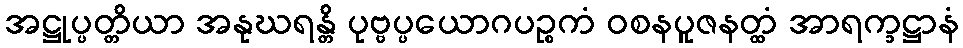
အဋ္ဌုပ္ပတ္တိယာ အနုဃရန္တိ ပုဗ္ဗပ္ပယောဂပဉ္စကံ ဝစနပူဇနတ္ထံ အာရက္ခဋ္ဌာနံ